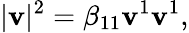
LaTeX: |\boldsymbol{\mathbf{v}}|^{2}=\beta_{11}\mathbf{v}^{1}\mathbf{v}^{1},